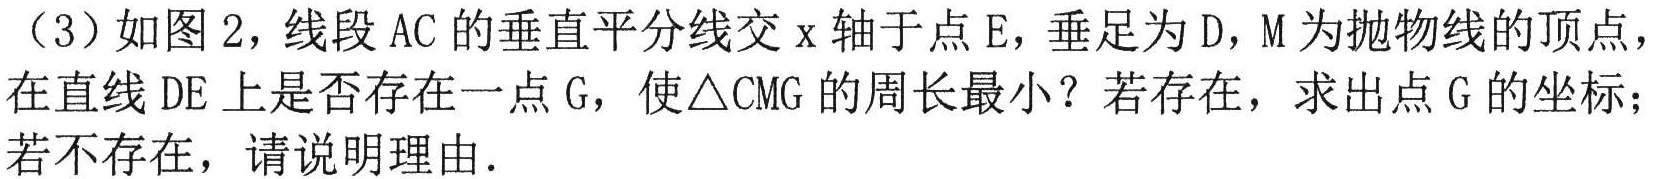
（3）如图2，线段AC的垂直平分线交x轴于点E，垂足为D，M为抛物线的顶点，在直线DE上是否存在一点G，使\triangle CMG的周长最小？若存在，求出点G的坐标；若不存在，请说明理由．